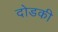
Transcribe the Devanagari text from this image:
दोडकी